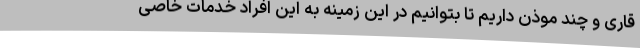
قاری و چند موذن داریم تا بتوانیم در این زمینه به این افراد خدمات خاصی